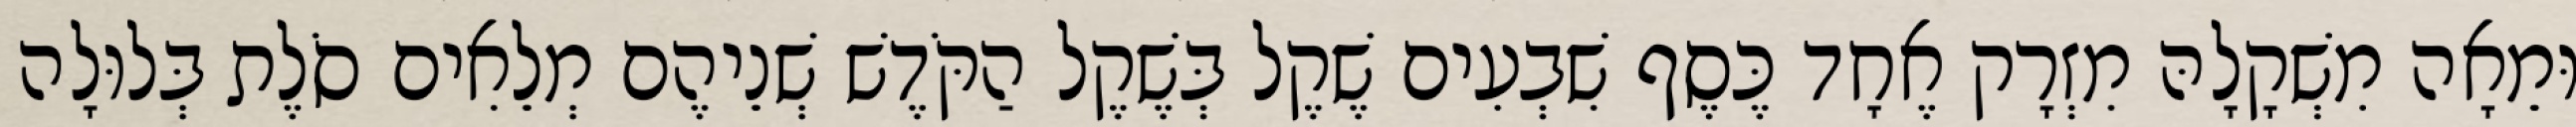
וּמֵאָה מִשְׁקָלָהּ מִזְרָק אֶחָד כֶּסֶף שִׁבְעִים שֶׁקֶל בְּשֶׁקֶל הַקֹּדֶשׁ שְׁנֵיהֶם מְלֵאִים סֹלֶת בְּלוּלָה